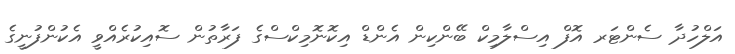
އަލްހުދާ ސެންޓަރ އޮފް އިސްލާމިކް ބޭންކިން އެންޑް އިކޮނޮމިކްސްގެ ފަރާތުން ސޮއިކުރެއްވީ އެކުންފުނީގެ